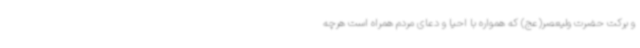
و برکت حضرت ولیعصر(عج) که همواره با احیا و دعای مردم همراه است هرچه